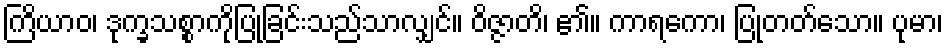
ကြိယာဝ၊ ဒုက္ခသစ္စာကိုပြုခြင်းသည်သာလျှင်။ ဝိဇ္ဇာတိ၊ ၏။ ကာရကော၊ ပြုတတ်သော။ ပုမာ၊